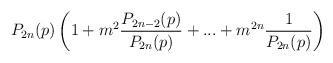
LaTeX: \begin{align*}P_{2n}(p)\left(1+m^2\frac{P_{2n-2}(p)}{P_{2n}(p)}+...+m^{2n}\frac{1}{P_{2n}(p)}\right)\end{align*}